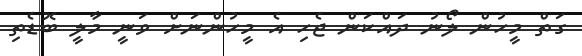
ގަތް މީހުން ލޯނު ދައްކަން ޖެހި އެ މީހުންނަށް ވަނީ މާލީ ބޮޑެތި